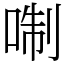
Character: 𠶜